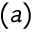
( a )